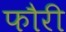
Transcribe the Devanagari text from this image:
फौरी